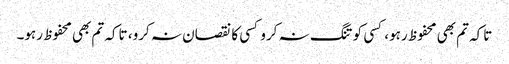
تاکہ تم بھی محفوظ رہو، کسی کو تنگ نہ کرو کسی کا نقصان نہ کرو، تاکہ تم بھی محفوظ رہو۔